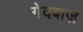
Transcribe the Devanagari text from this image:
गेदबाज़